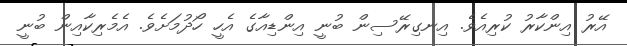
އޭރު އިންކާރު ކުރިއެވެ. އިނގިރޭސިން ބުނީ އިންޑިއާގެ އެހީ ހޯދުމަށެވެ. އެމެރިކާއިން ބުނީ